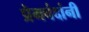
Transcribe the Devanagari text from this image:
प्रेमचंदांनी